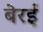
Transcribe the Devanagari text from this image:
बेरई